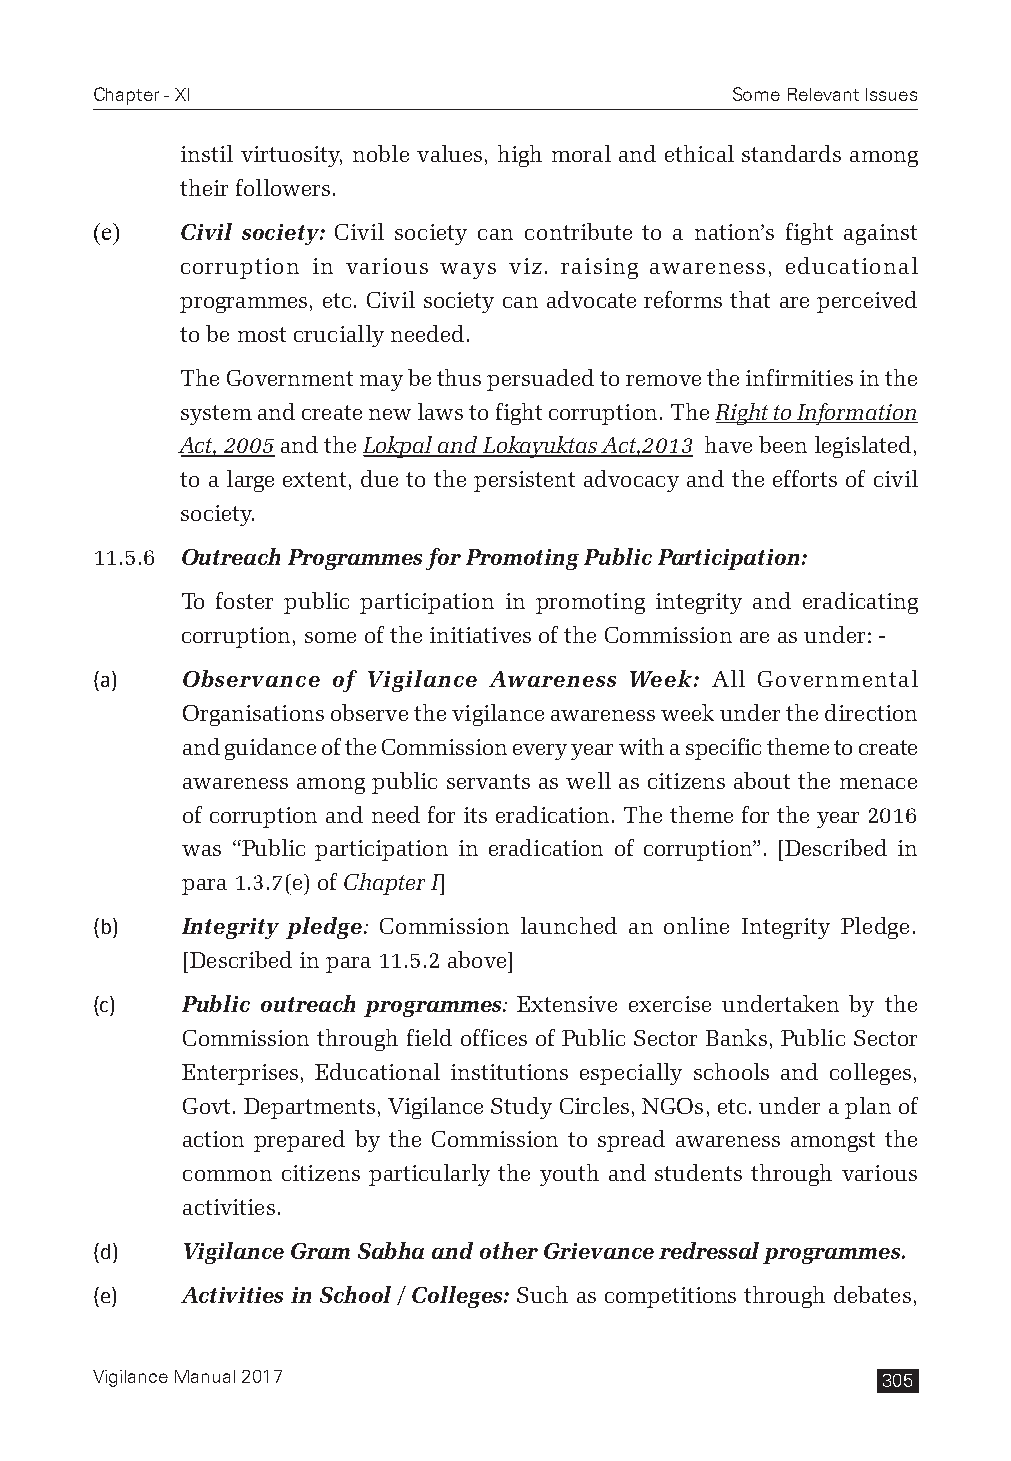
Chapter - XI                              Some Relevant Issues
 instil virtuosity, noble values, high moral and ethical standards among
 their followers.
 (e)   Civil society: Civil society can contribute to a nation’s fight against
 corruption in various ways viz. raising awareness, educational
 programmes, etc. Civil society can advocate reforms that are perceived
 to be most crucially needed.
 The Government may be thus persuaded to remove the infirmities in the
 system and create new laws to fight corruption. The Right to Information
 Act, 2005 and the Lokpal and Lokayuktas Act,2013 have been legislated,
 to a large extent, due to the persistent advocacy and the efforts of civil
 society.
 11.5.6 Outreach Programmes for Promoting Public Participation:
 To foster public participation in promoting integrity and eradicating
 corruption, some of the initiatives of the Commission are as under: -
 (a)   Observance of Vigilance Awareness Week: All Governmental
 Organisations observe the vigilance awareness week under the direction
 and guidance of the Commission every year with a specific theme to create
 awareness among public servants as well as citizens about the menace
 of corruption and need for its eradication. The theme for the year 2016
 was “Public participation in eradication of corruption”. [Described in
 para 1.3.7(e) of Chapter I]
 (b)   Integrity pledge: Commission launched an online Integrity Pledge.
 [Described in para 11.5.2 above]
 (c)   Public outreach programmes: Extensive exercise undertaken by the
 Commission through field offices of Public Sector Banks, Public Sector
 Enterprises, Educational institutions especially schools and colleges,
 Govt. Departments, Vigilance Study Circles, NGOs, etc. under a plan of
 action prepared by the Commission to spread awareness amongst the
 common citizens particularly the youth and students through various
 activities.
 (d)   Vigilance Gram Sabha and other Grievance redressal programmes.
 (e)   Activities in School / Colleges: Such as competitions through debates,
 Vigilance Manual 2017                               305